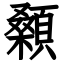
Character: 顙